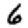
Digit: 6